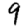
Digit: 9